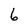
Character: 6